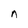
Character: n